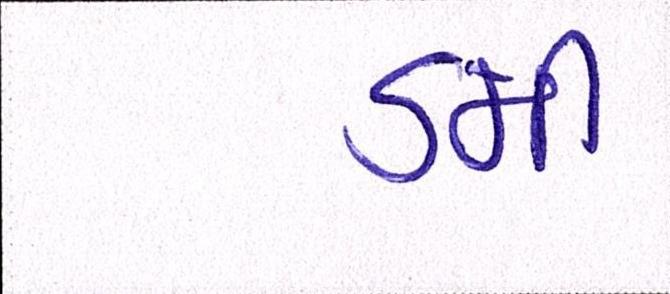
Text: ડમી